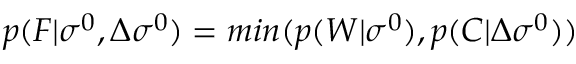
p ( F | \sigma ^ { 0 } , \Delta \sigma ^ { 0 } ) = m i n ( p ( W | \sigma ^ { 0 } ) , p ( C | \Delta \sigma ^ { 0 } ) )